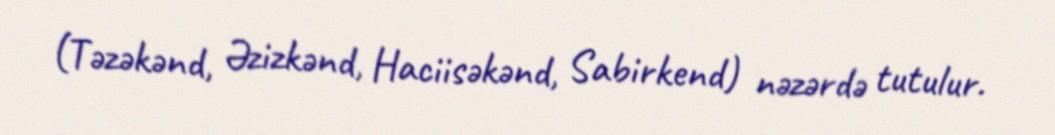
(Təzəkənd, Əzizkənd, Haciisəkənd, Sabirkend) nəzərdə tutulur.